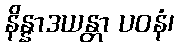
နိန္နာဒယန္တာ ပဝနံ၊